Jarvakandi_vallavalitsus, lk 12
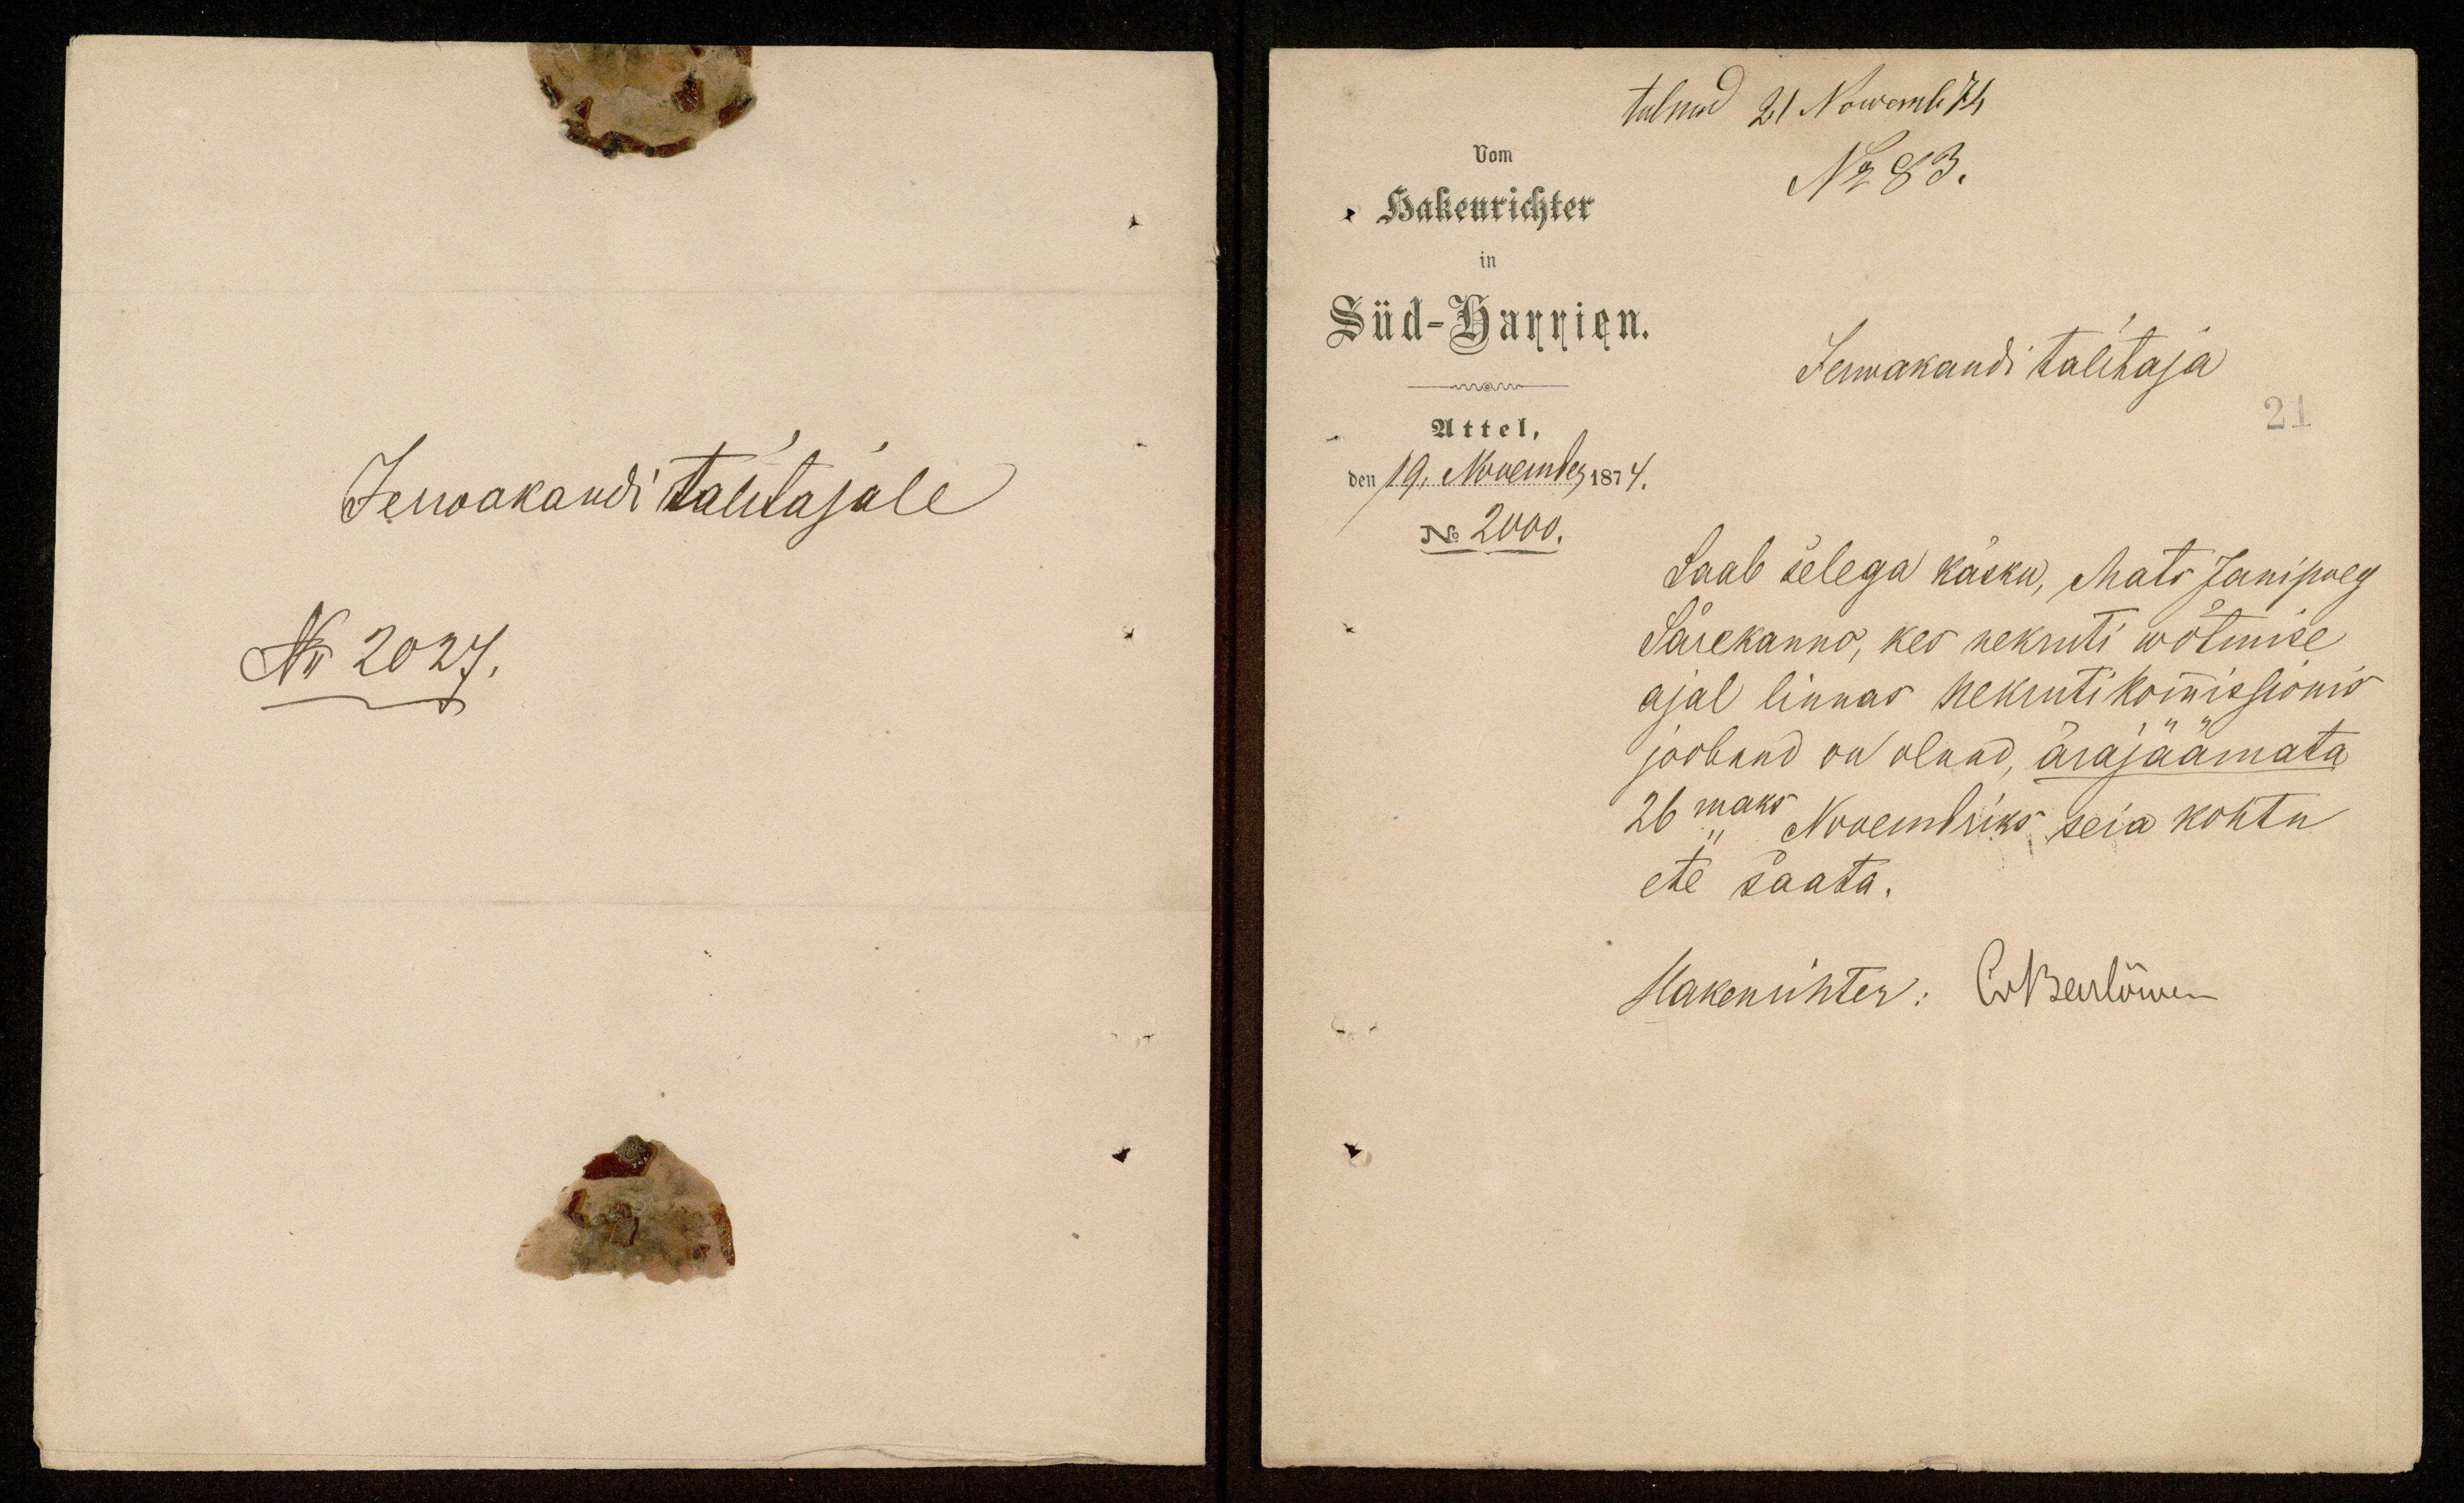
tulnud 21 Nowemb 74
No 83.
Hakenrichter
Süd-Harrien.
Jerwakandi talitaja
Attel,
den 19. November 1874.
No 2000.
Saab selega käsku, Mats Jani poeg
Särekanno, kes nekruti wõtmise
ajal linnas nekrutikomissionis
joobund on olnud, ärajaamata
26maks Novembriks seia kohtu
ete saata.
Hakenrichter: ENiserlööwen

Jerwakandi talitajale
N 2027.